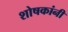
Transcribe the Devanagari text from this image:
शोषकांनी